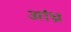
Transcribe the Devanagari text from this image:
अांध्र